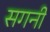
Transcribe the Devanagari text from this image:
सगनी